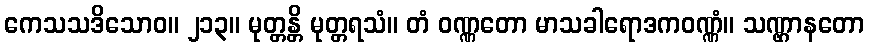
ကေသသဒိသောဝ။ ၂၁၃။ မုတ္တန္တိ မုတ္တရသံ။ တံ ဝဏ္ဏတော မာသခါရောဒကဝဏ္ဏံ။ သဏ္ဌာနတော